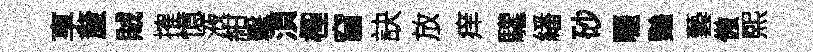
享釐賊搉憶液紺擊湏檉窅訣放痒驩繙砂曬豔藝傲熙